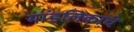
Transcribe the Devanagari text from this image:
मांडलिकांचे